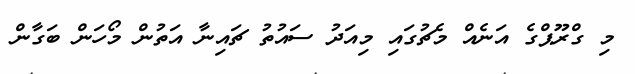
މި ގްރޫޕްގެ އަނެއް މެޗުގައި މިއަދު ސައުތު ޗައިނާ އަތުން މޯހަންް ބަގާން